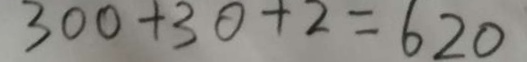
3 0 0 + 3 0 + 2 = 6 2 0